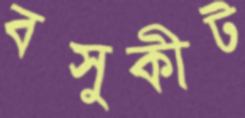
বসুকীট